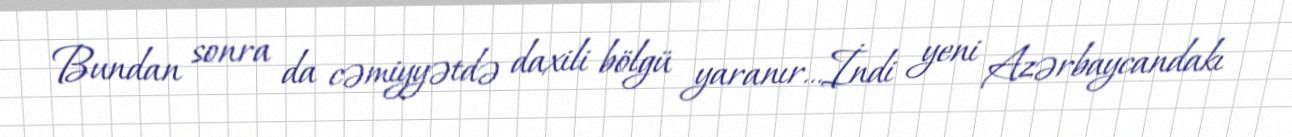
Bundan sonra da cəmiyyətdə daxili bölgü yaranır...İndi yeni Azərbaycandakı